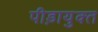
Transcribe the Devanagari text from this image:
पीड़ायुक्‍त